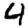
Digit: 4